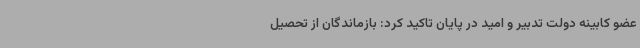
عضو کابینه دولت تدبیر و امید در پایان تاکید کرد: بازماندگان از تحصیل